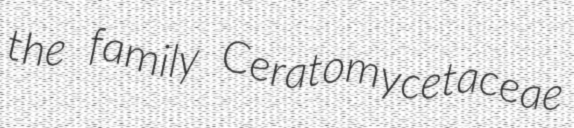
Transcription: the family Ceratomycetaceae